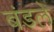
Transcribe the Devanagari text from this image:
बंडले